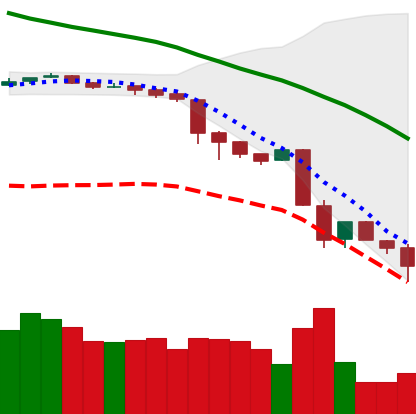
Ticker: BNB-USD
Chart end date: 2018-11-24
Forward return: 4.523%
Label: up_3_5